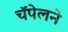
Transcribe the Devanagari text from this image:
चॅपेलने